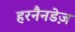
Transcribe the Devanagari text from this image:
हरनैनडेज़